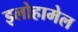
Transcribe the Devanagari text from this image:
इलोहामेल